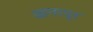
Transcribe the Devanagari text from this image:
आनापुर